Annual administration and progress report of the Indian Medical Department, Bombay
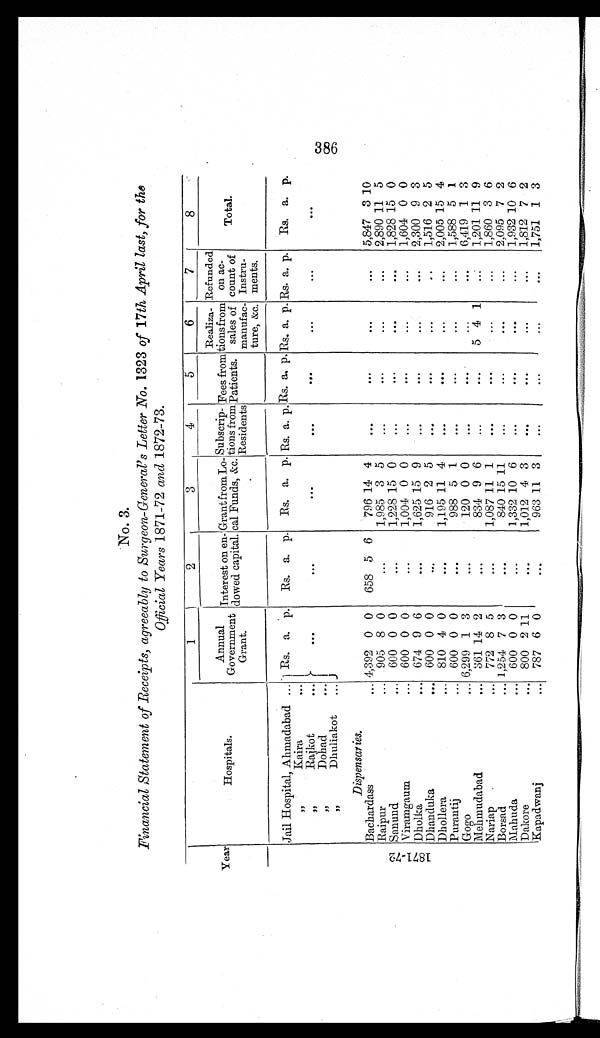
No. 3.
Financial Statement of Receipts, agreeably to Surgeon-General's Letter No. 1323 of 17th April last, for the
Official Years 1871-72 and 1872-73.
Year
Hospitals.
1
2
3
4
5
6
7
8
Annual
G o v e r n m e n
Grant.
Interest on en-
dowed capital.
Grant from Lo-
cal Funds,
& c .
Subscrip-
tions from
Residents
Fees from
Patients.
Realiza-
tions from
sales of
manufac-
ture, &c.
Refunded
on ac-
count of
Instru -
meats.
Total.
1 8 7 1 - 7 2
Jail Hospital, Ahmadabad . . . Rs. a. p. Rs. a. p. Rs. a. p. Rs. a. p. Rs. a. p. Rs. a. p. Rs. a. p. Rs. a. p.
" Kaira . . . . . .
. . .
. . .
. . .
. . .
. . .
. . .
. . .
" Rajkot . . .
" Dohad . . .
" Dhuliakot . . .
Dispensaries.
Bachardass . . . 4,392 0 0
658 5 6
796 14 4
. . .
. . .
. . .
. . .
5,847 3 10
Raipur . . . 905 8 0
. . .
1,985 3 5
. . .
. . .
. . .
. . .
2,890 11 5
S a n u n d . . .
600 0 0
. . .
1,228 15 0
. . .
. . .
. . .
. . .
1,828 15 0
Viramgaum . . . 600 0 0
. . .
1,004 0 0
. . .
. . .
. . .
. . .
1,604 0 0
Dholka . . . 674 9 6
. . .
1,625 15 9
. . .
. . .
. . .
. . .
2,300 9 3
Dhanduka . . . 600 0 0
. . .
916 2 5
. . .
. . .
. . .
. . .
1,516 2 5
Dhollera . . . 810 4 0
. . .
1,195 11 4
. . .
. . .
. . .
. . .
2,005 15 4
Purantij . . . 600 0 0
. . .
988 5 1
. . .
. . .
. . .
. . .
1,588 5 1
Gogo . . . 6,299 1 3
. . .
120 0 0
. . .
. . .
. . .
. . .
6,419 1 3
Mehmudabad . . . 361 14 2
. . .
834 9 6
. . .
. . .
5 4 1
. . .
1,201 11 9
Nariap . . . 772 8 5
. . .
1,087 11 1
. . .
. . .
. . .
. . .
1,860 3 6
Borsad . . . 1,254 7 3
. . .
840 15 11
. . .
. . .
. . .
. . .
2,095 7 2
Mahuda . . . 600 0 0
. . .
1,332 10 6
. . .
. . .
. . .
. . .
1,932 10 6
Dakore . . . 800 2 11
. . .
1,012 4 3
. . .
. . .
. . .
. . .
1 , 8 1 2
7
2
Kapadwanj . . . 787 6 0
. . .
963 11 3
. . .
. . .
. . .
. . .
1 , 7 5 1 1
3
3 8 6